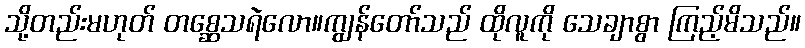
သို့တည်းမဟုတ် တစ္ဆေသရဲလော။ကျွန်တော်သည် ထိုလူကို သေချာစွာ ကြည့်မိသည်။